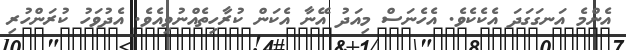
އެންމެ އަނގަގަދަ އެކެކެވެ. އެހެނަސް މިއަދު އޭނާ އެކަން ކުރާހިތެއްނުވިއެވެ. އެދުވަހު ކުރަންހުރި